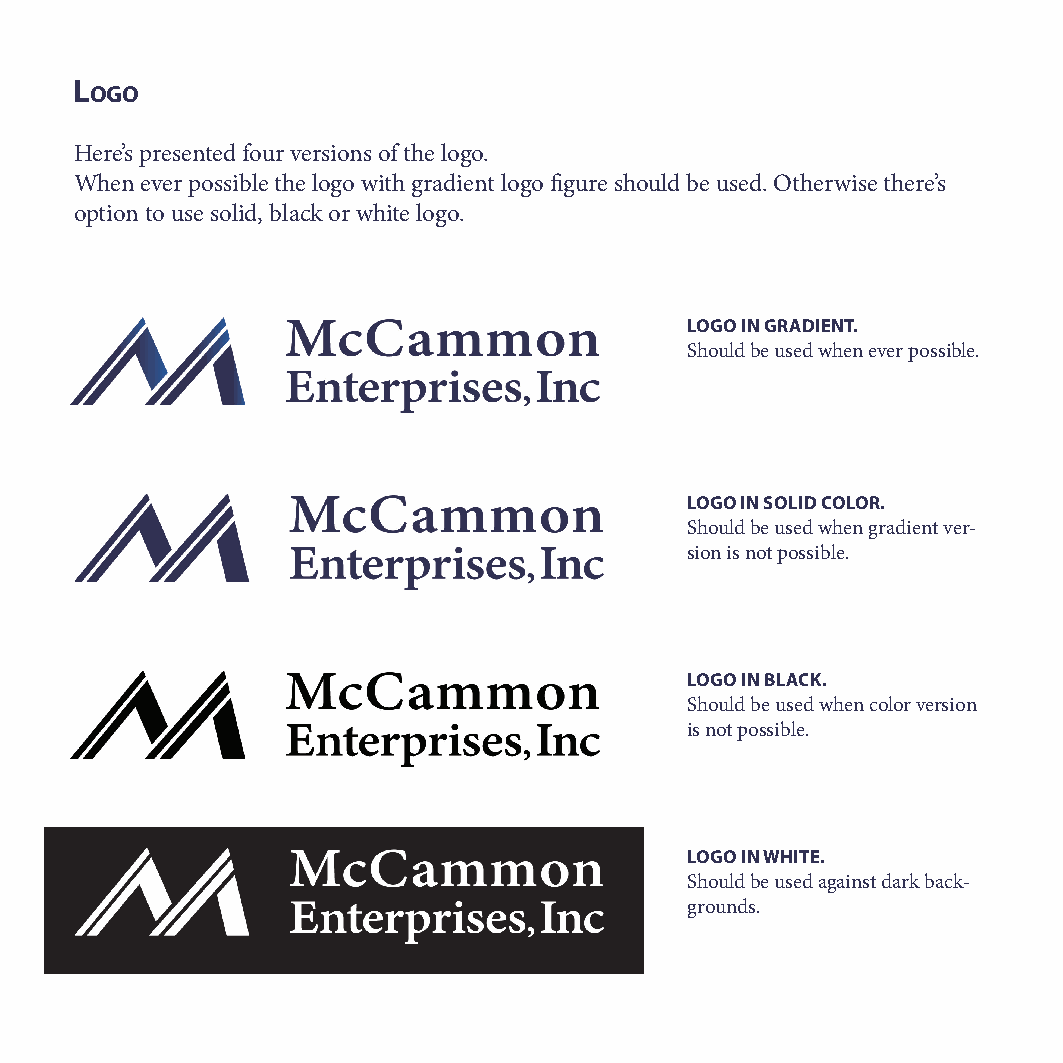
l
 ogo
 Here’s presented four versions of the logo.
 When ever possible the logo with gradient logo figure should be used. Otherwise there’s
 option to use solid, black or white logo.
 LOGO IN GRADIENT.
 Should be used when ever possible.
 LOGO IN SOLID COLOR.
 Should be used when gradient ver-
 sion is not possible.
 LOGO IN BLACK.
 Should be used when color version
 is not possible.
 LOGO IN WHITE.
 Should be used against dark back-
 grounds.